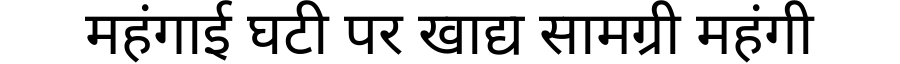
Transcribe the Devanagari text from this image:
महंगाई घटी पर खाद्य सामग्री महंगी